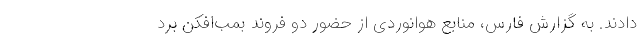
دادند. به گزارش فارس، منابع هوانوردی از حضور دو فروند بمب‌افکن برد